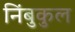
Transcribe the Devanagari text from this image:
निंबुकुल